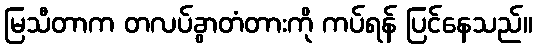
မြသီတာက တလပ်ခွာတံတားကို ကပ်ရန် ပြင်နေသည်။